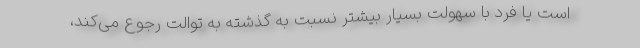
است یا فرد با سهولت بسیار بیشتر نسبت به گذشته به توالت رجوع می‌کند،